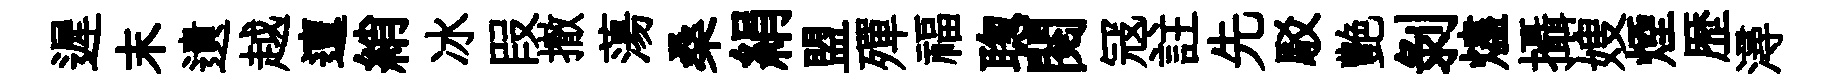
遲末遺越邅綃冰叚撤蕩桑絹盟殫福聦閲冦註先駁艶剥燼攝嫂煙歴潯